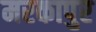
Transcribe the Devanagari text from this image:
मरकापुर